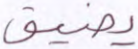
يضيق